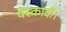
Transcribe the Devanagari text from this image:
पेस्कादो।